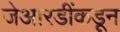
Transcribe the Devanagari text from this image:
जेआरडींकडून